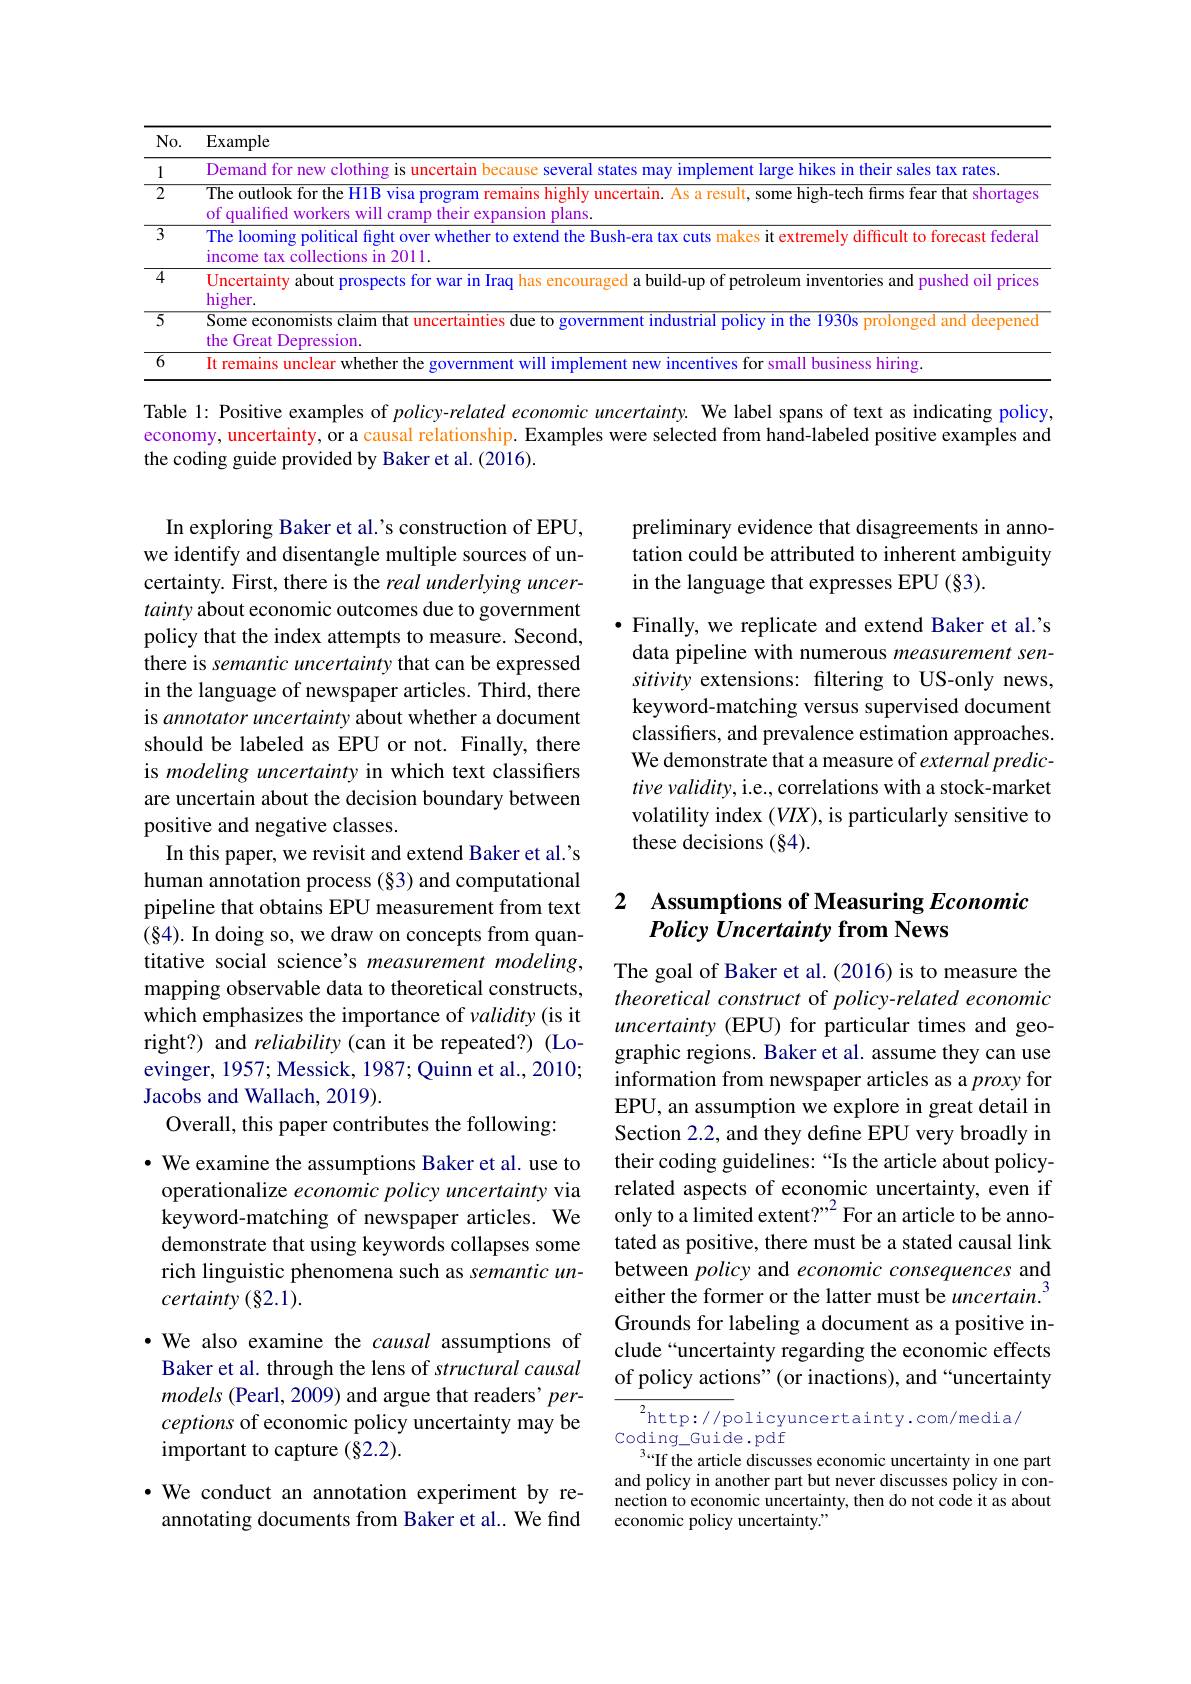
<table>
	<tbody>
		<tr>
			<th>$No.$</th>
			<th>Example</th>
		</tr>
		<tr>
			<td>1</td>
			<td>Demand for new clothin es in their sales tax rates</td>
		</tr>
		<tr>
			<td>$\overline{2}$</td>
			<td>$\overline{\text{The outlook for the H1B visa program}}$ remains highly uncertain. As a result, ${\mathrm{t,~some~high-tech~frms~fear~that~shortage:}}$ of aualified</td>
		</tr>
		<tr>
			<td>$\overline{3}$</td>
			<td>The looming pris fight over whether to tremely difficult to forecast federa income</td>
		</tr>
		<tr>
			<td>$\overline{4}$</td>
			<td>Uncertainty about prospects for war in Iraq l a build-up of petroleum inventories and pushed oil price higher</td>
		</tr>
		<tr>
			<td>$\overline{5}$</td>
			<td>Some economists claim that uncertainties due to government industrial policy in the 1930s prolonged and deepened the Great Depression</td>
		</tr>
		<tr>
			<td>$\overline{6}$</td>
			<td>t remains unclear whether small business hirins</td>
		</tr>
	</tbody>
</table>

Table 1: Positive examples of $policy-related$ economic uncertainty. We label spans of text as indicating policy, economy, uncertainty, or a causal relationship. Examples were selected from hand-labeled positive examples and the coding guide provided by Baker et al. (2016).

preliminary evidence that disagreements in annotation could be attributed to inherent ambiguity in the language that expresses EPU (§3).

$\bullet$ Finally, we replicate and extend Baker et al.'s data pipeline with numerous measurement sensitivity extensions: filtering to US-only news, keyword-matching versus supervised document classifiers, and prevalence estimation approaches. We demonstrate that a measure of external predictive validity, i.e., correlations with a stock-market volatility index $(VIX)$, is particularly sensitive to these decisions $(\S4).$

In exploring Baker et al.'s construction of EPU, we identify and disentangle multiple sources of uncertainty. First, there is the real underlying uncertainty about economic outcomes due to government policy that the index attempts to measure. Second, there is semantic uncertainty that can be expressed in the language of newspaper articles. Third, there is annotator uncertainty about whether a document should be labeled as EPU or not. Finally, there is modeling uncertainty in which text classifiers are uncertain about the decision boundary between positive and negative classes.
In this paper, we revisit and extend Baker et al.'s human annotation process (§3) and computational pipeline that obtains EPU measurement from text (84). In doing so, we draw on concepts from quantitative social science's measurement modeling, mapping observable data to theoretical constructs, which emphasizes the importance of validity(is it right?) and reliability (can it be repeated?) (Loevinger, 1957; Messick, 1987; Quinn et al., 2010; Jacobs and Wallach, 2019).
Overall, this paper contributes the following:

## 2 Assumptions of Measuring Economic Policy Uncertainty from News

The goal of Baker et al.(2016) is to measure the theoretical construct of policy-related economic uncertainty (EPU) for particular times and geographic regions. Baker et al. assume they can use information from newspaper articles as a proxy for EPU, an assumption we explore in great detail in Section 2.2, and they define EPU very broadly in their coding guidelines: “Is the article about policyrelated aspects of economic uncertainty, even if ${\dot{\text{only to a limited extent?"}}^2}$For an article to be annotated as positive, there must be a stated causal link between policy and economic consequences and either the former or the latter must be uncertain. Grounds for labeling a document as a positive include“uncertainty regarding the economic effects of policy actions" (or inactions), and “uncertainty

$\cdot$ We examine the assumptions Baker et al. use to operationalize economic policy uncertainty via keyword-matching of newspaper articles. We demonstrate that using keywords collapses some rich linguistic phenomena such as semantic uncertainty (§2.1).

·We also examine the causal assumptions of Baker et al. through the lens of structural causal models (Pearl, 2009) and argue that readers' perceptions of economic policy uncertainty may be important to capture (§2.2).

$\begin{array}{c}{{\overline{^{2}\mathrm{http://p}}}\text{olicyuncertainty.com/media/}}\\{\mathrm{coding\_Guide.pdf}}\end{array}$
$^{3}$If the article discusses economic uncertainty in one part

and policy in another part but never discusses policy in connection to economic uncertainty, then do not code it as about economic policy uncertainty."

·We conduct an annotation experiment by reannotating documents from Baker et al.. We find